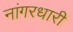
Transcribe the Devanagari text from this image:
नांगरधारी